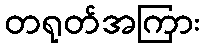
တရုတ်အကြား